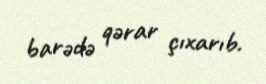
barədə qərar çıxarıb.